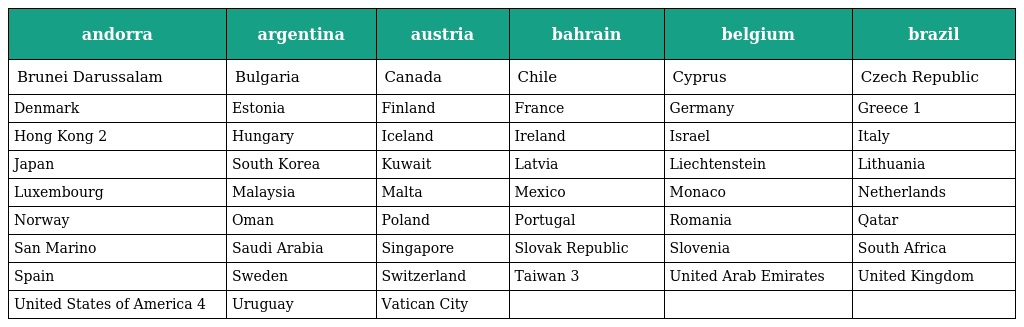
| andorra | argentina | austria | bahrain | belgium | brazil |
 | --- | --- | --- | --- | --- | --- |
 | Brunei Darussalam | Bulgaria | Canada | Chile | Cyprus | Czech Republic |
 | Denmark | Estonia | Finland | France | Germany | Greece 1 |
 | Hong Kong 2 | Hungary | Iceland | Ireland | Israel | Italy |
 | Japan | South Korea | Kuwait | Latvia | Liechtenstein | Lithuania |
 | Luxembourg | Malaysia | Malta | Mexico | Monaco | Netherlands |
 | Norway | Oman | Poland | Portugal | Romania | Qatar |
 | San Marino | Saudi Arabia | Singapore | Slovak Republic | Slovenia | South Africa |
 | Spain | Sweden | Switzerland | Taiwan 3 | United Arab Emirates | United Kingdom |
 | United States of America 4 | Uruguay | Vatican City |  |  |  |